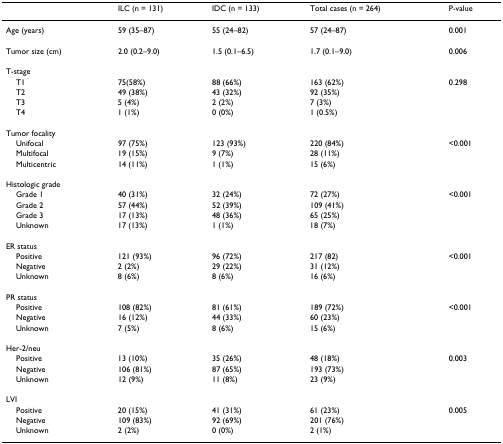
<table><thead><tr><td></td><td><b>ILC (n = 131)</b></td><td><b>IDC (n = 133)</b></td><td><b>Total cases (n = 264)</b></td><td><b>P-value</b></td></tr></thead><tbody><tr><td>Age (years)</td><td>59 (35–87)</td><td>55 (24–82)</td><td>57 (24–87)</td><td>0.001</td></tr><tr><td>Tumor size (cm)</td><td>2.0 (0.2–9.0)</td><td>1.5 (0.1–6.5)</td><td>1.7 (0.1–9.0)</td><td>0.006</td></tr><tr><td>T-stage</td><td></td><td></td><td></td><td></td></tr><tr><td> T1</td><td>75(58%)</td><td>88 (66%)</td><td>163 (62%)</td><td>0.298</td></tr><tr><td> T2</td><td>49 (38%)</td><td>43 (32%)</td><td>92 (35%)</td><td></td></tr><tr><td> T3</td><td>5 (4%)</td><td>2 (2%)</td><td>7 (3%)</td><td></td></tr><tr><td> T4</td><td>1 (1%)</td><td>0 (0%)</td><td>1 (0.5%)</td><td></td></tr><tr><td>Tumor focality</td><td></td><td></td><td></td><td></td></tr><tr><td> Unifocal</td><td>97 (75%)</td><td>123 (93%)</td><td>220 (84%)</td><td>&lt;0.001</td></tr><tr><td> Multifocal</td><td>19 (15%)</td><td>9 (7%)</td><td>28 (11%)</td><td></td></tr><tr><td> Multicentric</td><td>14 (11%)</td><td>1 (1%)</td><td>15 (6%)</td><td></td></tr><tr><td>Histologic grade</td><td></td><td></td><td></td><td></td></tr><tr><td> Grade 1</td><td>40 (31%)</td><td>32 (24%)</td><td>72 (27%)</td><td>&lt;0.001</td></tr><tr><td> Grade 2</td><td>57 (44%)</td><td>52 (39%)</td><td>109 (41%)</td><td></td></tr><tr><td> Grade 3</td><td>17 (13%)</td><td>48 (36%)</td><td>65 (25%)</td><td></td></tr><tr><td> Unknown</td><td>17 (13%)</td><td>1 (1%)</td><td>18 (7%)</td><td></td></tr><tr><td>ER status</td><td></td><td></td><td></td><td></td></tr><tr><td> Positive</td><td>121 (93%)</td><td>96 (72%)</td><td>217 (82)</td><td>&lt;0.001</td></tr><tr><td> Negative</td><td>2 (2%)</td><td>29 (22%)</td><td>31 (12%)</td><td></td></tr><tr><td> Unknown</td><td>8 (6%)</td><td>8 (6%)</td><td>16 (6%)</td><td></td></tr><tr><td>PR status</td><td></td><td></td><td></td><td></td></tr><tr><td> Positive</td><td>108 (82%)</td><td>81 (61%)</td><td>189 (72%)</td><td>&lt;0.001</td></tr><tr><td> Negative</td><td>16 (12%)</td><td>44 (33%)</td><td>60 (23%)</td><td></td></tr><tr><td> Unknown</td><td>7 (5%)</td><td>8 (6%)</td><td>15 (6%)</td><td></td></tr><tr><td>Her-2/neu</td><td></td><td></td><td></td><td></td></tr><tr><td> Positive</td><td>13 (10%)</td><td>35 (26%)</td><td>48 (18%)</td><td>0.003</td></tr><tr><td> Negative</td><td>106 (81%)</td><td>87 (65%)</td><td>193 (73%)</td><td></td></tr><tr><td> Unknown</td><td>12 (9%)</td><td>11 (8%)</td><td>23 (9%)</td><td></td></tr><tr><td>LVI</td><td></td><td></td><td></td><td></td></tr><tr><td> Positive</td><td>20 (15%)</td><td>41 (31%)</td><td>61 (23%)</td><td>0.005</td></tr><tr><td> Negative</td><td>109 (83%)</td><td>92 (69%)</td><td>201 (76%)</td><td></td></tr><tr><td> Unknown</td><td>2 (2%)</td><td>0 (0%)</td><td>2 (1%)</td><td></td></tr></tbody></table>